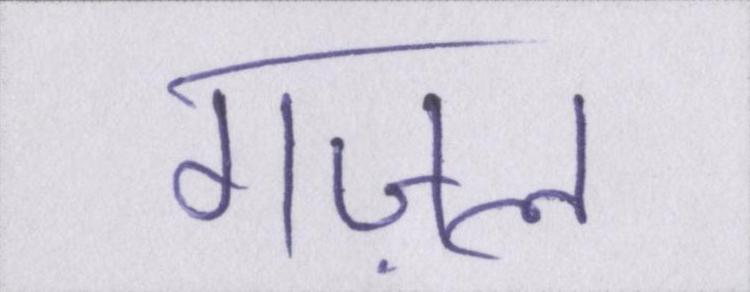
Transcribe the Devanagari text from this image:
गज़ल।